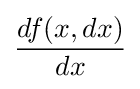
{\frac {df(x,dx)}{dx}}